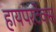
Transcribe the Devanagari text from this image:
हायपरटेक्स